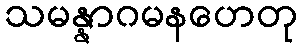
သမန္နာဂမနဟေတု